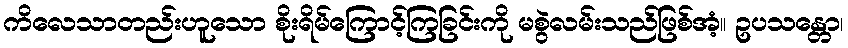
ကိလေသာတည်းဟူသော စိုးရိမ်ကြောင့်ကြခြင်းကို မစွဲလမ်းသည်ဖြစ်အံ့။ ဥပသန္တော၊